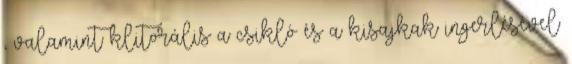
, valamint klitorális a csikló és a kisajkak ingerlésével